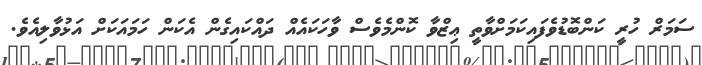
ސަމަރް ހުރީ ކަންބޮޑުވެފައިކަމަށްވާތީ ޢިޒްވާ ކޮންމެވެސް ވާހަކައެއް ދައްކައިގެން އެކަން ހަމައަކަށް އަޅުވާލިއެވެ.